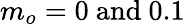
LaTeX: m_{o}=0~\mathrm{and}~0.1